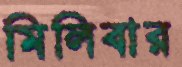
মিলিবার